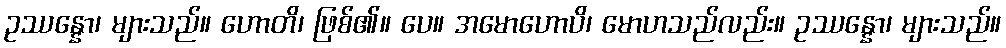
ဥဿန္နော၊ များသည်။ ဟောတိ၊ ဖြစ်၏။ ပေ။ အမောဟောပိ၊ မောဟသည်လည်း။ ဥဿန္နော၊ များသည်။